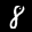
Label: 8